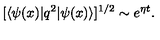
[ \langle \psi ( x ) \vert q ^ { 2 } \vert \psi ( x ) \rangle ] ^ { 1 / 2 } \sim e ^ { \eta t } .